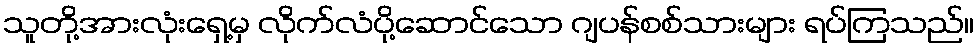
သူတို့အားလုံးရှေ့မှ လိုက်လံပို့ဆောင်သော ဂျပန်စစ်သားများ ရပ်ကြသည်။